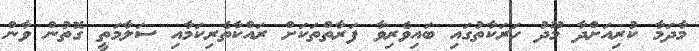
މާދަމާ ކުރިއަށްދާ މޫދު ހަރަކާތުގައި ބައިވެރިވާ ފަރާތްތަކަށް ރައްކާތެރިކަމާއި ސަލާމަތީ ގޮތުން ވާން